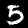
Label: 5